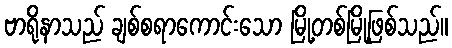
ဗာရိုနာသည် ချစ်စရာကောင်းသော မြို့တစ်မြို့ဖြစ်သည်။